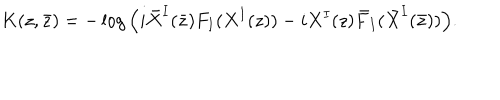
LaTeX: K ( z , \bar { z } ) = - \log \Big ( i \bar { X } ^ { I } ( \bar { z } ) F _ { I } ( X ^ { I } ( z ) ) - i X ^ { I } ( z ) \bar { F } _ { I } ( \bar { X } ^ { I } ( \bar { z } ) ) \Big ) .